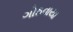
ગોઠવાયા